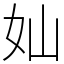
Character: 奾